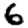
Digit: 6